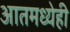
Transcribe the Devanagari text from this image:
आतमध्येही